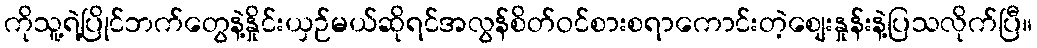
ကိုသူ့ရဲ့ပြိုင်ဘက်တွေနဲ့နှိုင်းယှဉ်မယ်ဆိုရင်အလွန်စိတ်ဝင်စားစရာကောင်းတဲ့စျေးနှုန်းနဲ့ပြသလိုက်ပြီ။